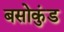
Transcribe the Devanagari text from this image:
बसोकुंड